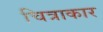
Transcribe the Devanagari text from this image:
चित्राकार